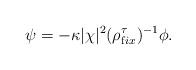
LaTeX: \begin{align*}\psi = -\kappa|\chi|^2(\rho^\tau_{\mathrm fix})^{-1}\phi.\end{align*}